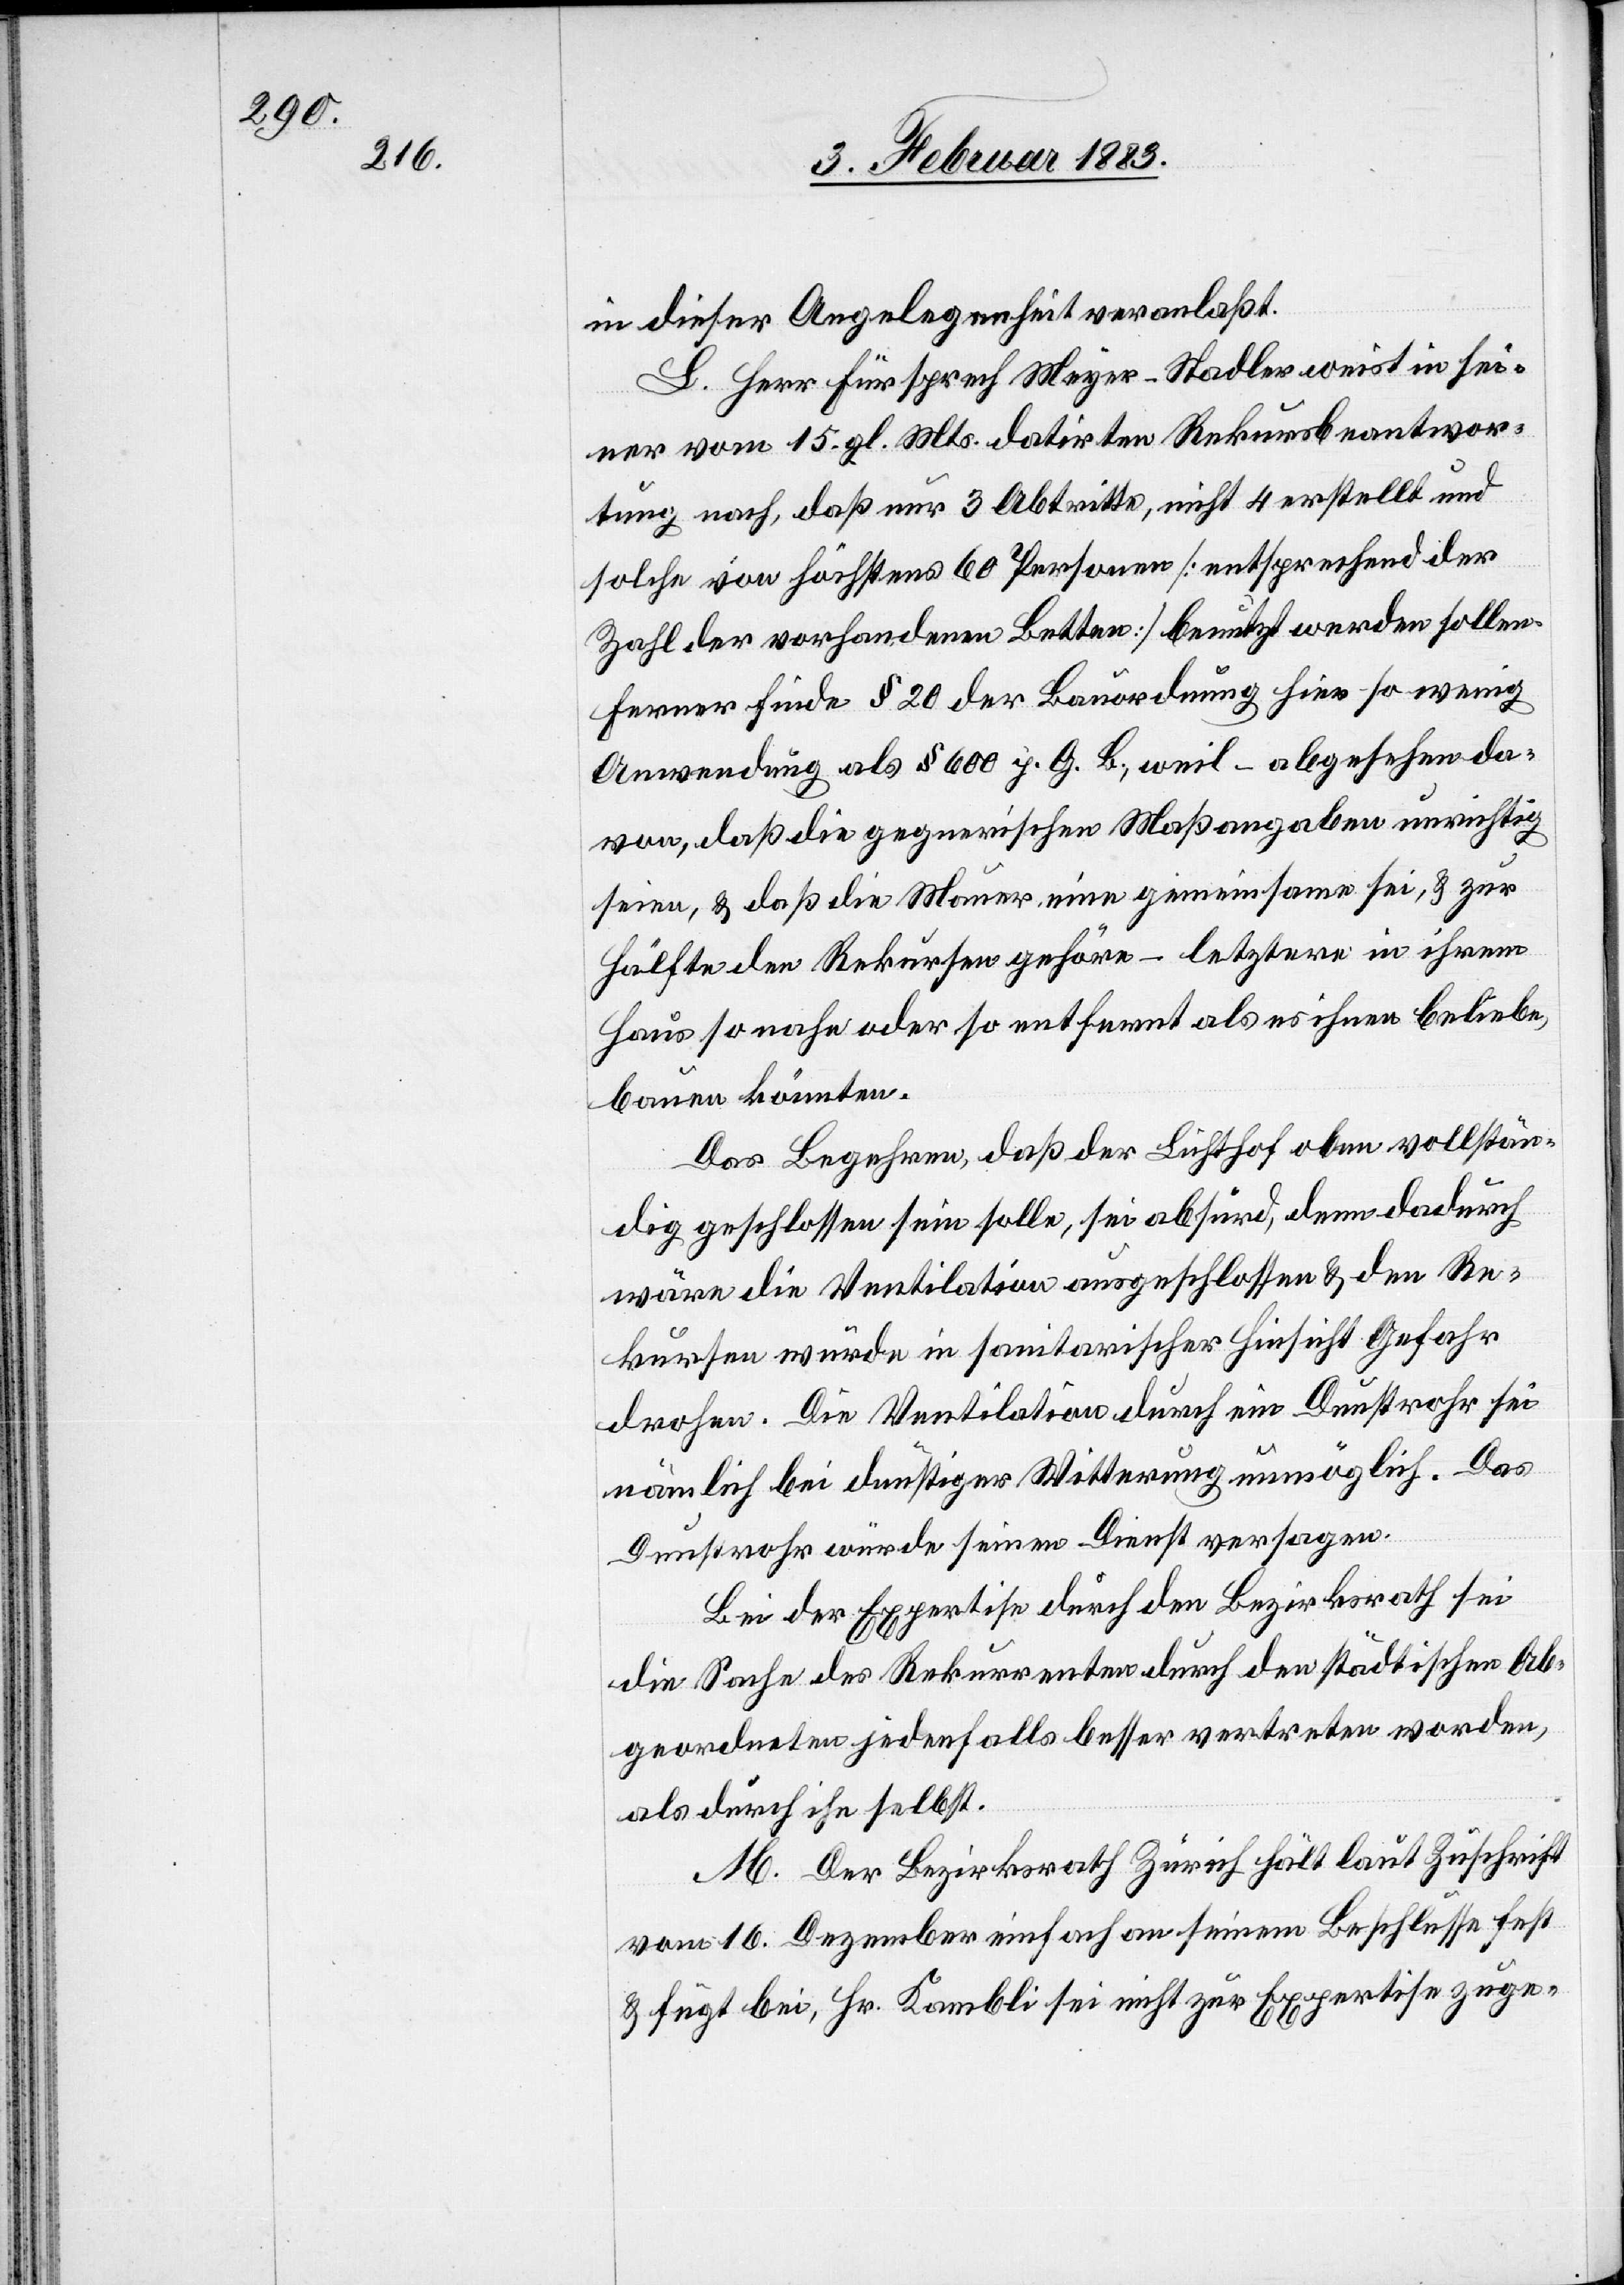
in dieser Angelegenheit veranlaßt.
L. Herr Fürsprech Meyer-Stadler weist in sei¬
ner vom 15. gl. Mts. datirten Rekursbeantwor¬
tung nach, daß nur 3 Abtritte, nicht 4 erstellt und
solche von höchstens 60 Personen [entsprechend der
Zahl der vorhandenen Betten] benutzt werden sollen.
Ferner finde § 20 der Bauordnung hier so wenig
Anwendung als § 600 p. G. B., weil – abgesehen da¬
von, daß die gegnerischen Maßangaben unrichtig
seien, & daß die Mauer eine gemeinsame sei, & zur
Hälfte den Rekursen [sic!] gehöre – letztere in ihrem
Haus so nahe oder so entfernt als es ihnen beliebe,
bauen könnten.
Das Begehren, daß der Lichthof oben vollstän¬
dig geschlossen sein solle, sei absurd, denn dadurch
wäre die Ventilation ausgeschlossen & den Re¬
kursen [sic!] würde in sanitarischer Hinsicht Gefahr
drohen. Die Ventilation durch ein Dunstrohr sei
nämlich bei dunstiger Witterung unmöglich. Das
Dunstrohr würde seinen Dienst versagen.
Bei der Expertise durch den Bezirksrath sei
die Sache des Rekurrenten durch den städtischen Ab¬
geordneten jedenfalls besser vertreten worden,
als durch ihn selbst.
M. Der Bezirksrath Zürich hält laut Zuschrift
vom 16. Dezember einfach an seinem Beschlusse fest
& fügt bei, Hr. Kambli sei nicht zur Expertise zuge-